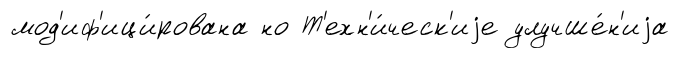
мод'иф'ици́рована но Т'ехн'и́ческ'иjе улучше́н'иjа